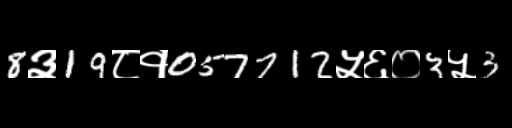
Text: 8३19८१057712५६०3५3